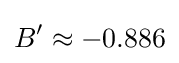
B'\approx -0.886